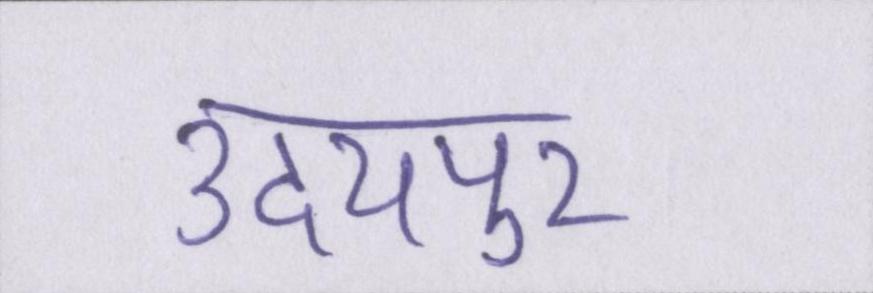
उदयपुर